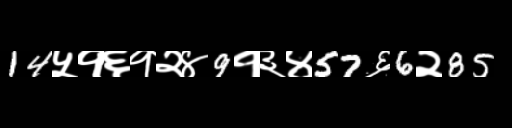
Text: 14५१६१२४9१३४57६6२85